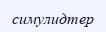
симулидтер